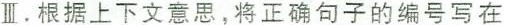
Ⅲ.根据上下文意思,将正确句子的编号写在